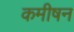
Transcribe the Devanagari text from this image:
कमीषन